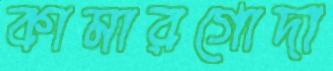
কামারগোদা